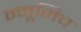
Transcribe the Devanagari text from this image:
म्मूनिच